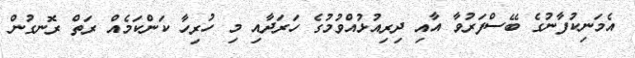
އެމަނިކުފާނުގެ ބޭސްފަރުވާ އާއި ދިރިއުޅުއްވުމުގެ ހަރަދާއި މި ހުރިހާ ކަންކަމެއް ރަތް ރޮނގުން